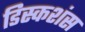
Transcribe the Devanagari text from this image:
डिस्कशंस